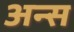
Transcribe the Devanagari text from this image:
अन्स